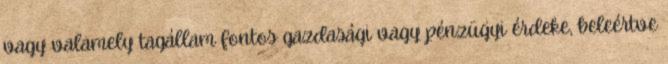
vagy valamely tagállam fontos gazdasági vagy pénzügyi érdeke, beleértve